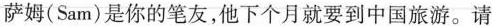
萨姆(Sam)是你的笔友，他下个月就要到中国旅游。请